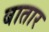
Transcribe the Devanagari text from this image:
बातार